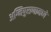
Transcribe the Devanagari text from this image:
अग्निपुराणामध्ये